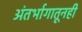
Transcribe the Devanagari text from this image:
अंतर्भागातूनही